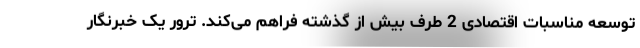
توسعه مناسبات اقتصادی 2 طرف بیش از گذشته فراهم می‌کند. ترور یک خبرنگار